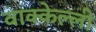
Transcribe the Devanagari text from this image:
वाक्केल्ली